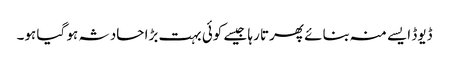
ڈیوڈ ایسے منہ بنائے پھرتا رہا جیسے کوئی بہت بڑا حادثہ ہو گیا ہو۔